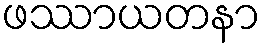
ဖဿာယတနာ